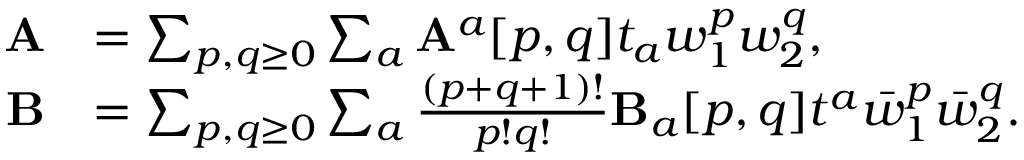
\begin{array} { r l } { \mathbf { A } } & { = \sum _ { p , q \geq 0 } \sum _ { a } \mathbf { A } ^ { a } [ p , q ] t _ { a } w _ { 1 } ^ { p } w _ { 2 } ^ { q } , } \\ { \mathbf { B } } & { = \sum _ { p , q \geq 0 } \sum _ { a } \frac { ( p + q + 1 ) ! } { p ! q ! } \mathbf { B } _ { a } [ p , q ] t ^ { a } \bar { w } _ { 1 } ^ { p } \bar { w } _ { 2 } ^ { q } . } \end{array}